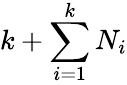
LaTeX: k+\sum_{i=1}^{k}N_{i}